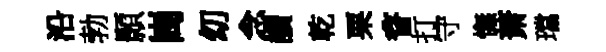
沿勃顥崗㓜念讀乾栗瞀打守憮萧璫